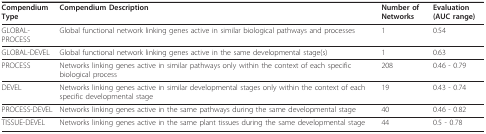
| Compendium Type | Compendium Description | Number of Networks | Evaluation (AUC range) |
 | --- | --- | --- | --- |
 | GLOBAL-PROCESS | Global functional network linking genes active in similar biological pathways and processes | 1 | 0.54 |
 | GLOBAL-DEVEL | Global functional network linking genes active in the same developmental stage(s) | 1 | 0.63 |
 | PROCESS | Networks linking genes active in similar pathways only within the context of each specific biological process | 208 | 0.46 - 0.79 |
 | DEVEL | Networks linking genes active in similar developmental stages only within the context of each specific developmental stage | 19 | 0.43 - 0.74 |
 | PROCESS-DEVEL | Networks linking genes active in the same pathways during the same developmental stage | 40 | 0.46 - 0.82 |
 | TISSUE-DEVEL | Networks linking genes active in the same plant tissues during the same developmental stage | 44 | 0.5 - 0.78 |